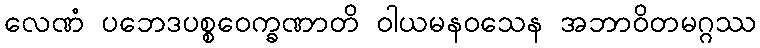
လေဏံ ပဘေဒပစ္စဝေက္ခဏာတိ ဝါယမနဝသေန အဘာဝိတမဂ္ဂဿ